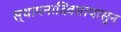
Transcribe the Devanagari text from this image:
स्थापनादिवसापासून